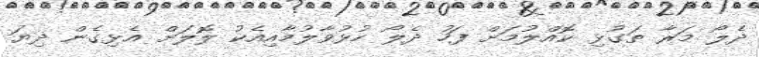
ދެލޯ މަރާ ތަގުޅި ކޮއްލުމަށް ފަހު ދެލޯ ހުޅުވާލުމާއިއެކު ލޮލަށް އެޅިގެން ދިޔަ